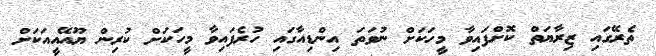
ތެރޭގައި ޒިރާޔަތް ކޮށްފައިވާ މީހަކަށް ނުވަތަ އިންޑިއާގައި ހުރެފައިވާ މީހަކަށް ކުރިން ޔޫއޭއީއަކަށް